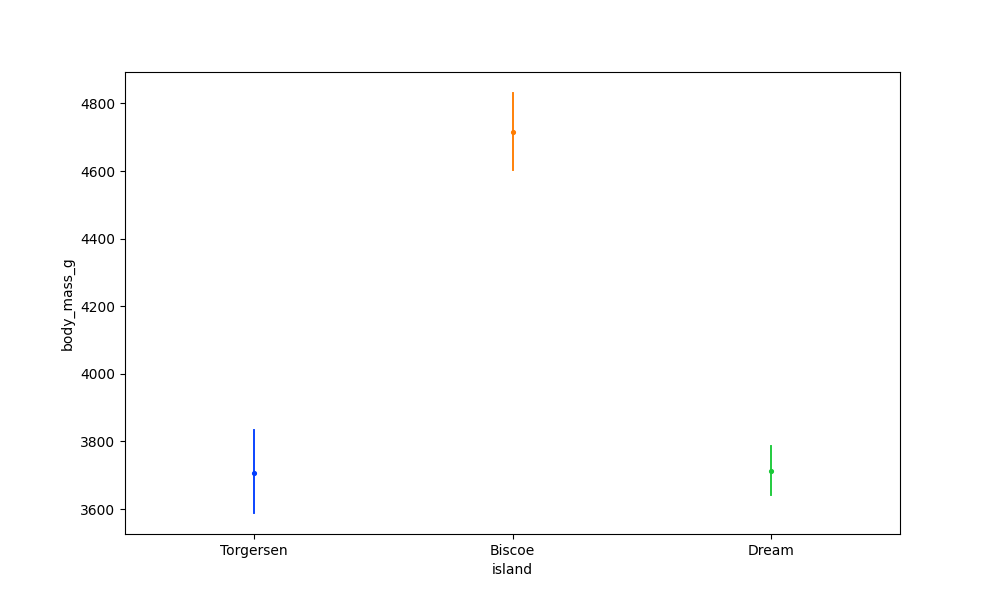
python, seaborn, pointplot, scale=0.5, join=False, hue='None', palette='bright'